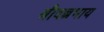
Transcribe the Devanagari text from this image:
श्रीवल्लभाय